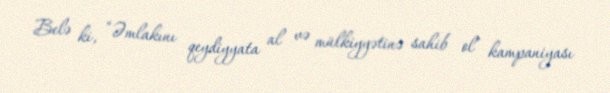
Belə ki, “Əmlakını qeydiyyata al və mülkiyyətinə sahib ol” kampaniyası